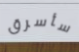
سأسرق